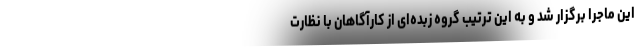
این ماجرا برگزار شد و به این ترتیب گروه زبده‌ای از کارآگاهان با نظارت